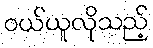
ဝယ်ယူလိုသည့်